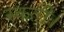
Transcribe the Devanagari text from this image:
रुकतीं।